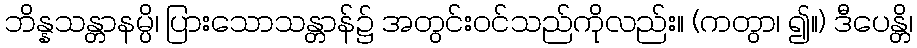
ဘိန္နသန္တာနမ္ပိ၊ ပြားသောသန္တာန်၌ အတွင်းဝင်သည်ကိုလည်း။ (ကတွာ၊ ၍။) ဒီပေန္တိ၊